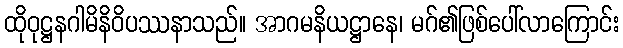
ထိုဝုဋ္ဌနဂါမိနိဝိပဿနာသည်။ အာဂမနိယဋ္ဌာနေ၊ မဂ်၏ဖြစ်ပေါ်လာကြောင်း